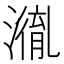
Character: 𭲤